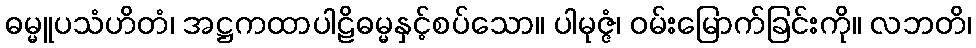
ဓမ္မူပသံဟိတံ၊ အဋ္ဌကထာပါဠိဓမ္မနှင့်စပ်သော။ ပါမုဇ္ဇံ၊ ဝမ်းမြောက်ခြင်းကို။ လဘတိ၊